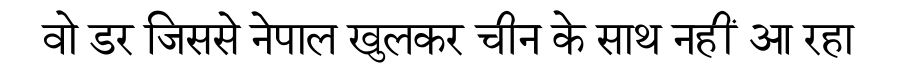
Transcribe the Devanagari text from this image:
वो डर जिससे नेपाल खुलकर चीन के साथ नहीं आ रहा